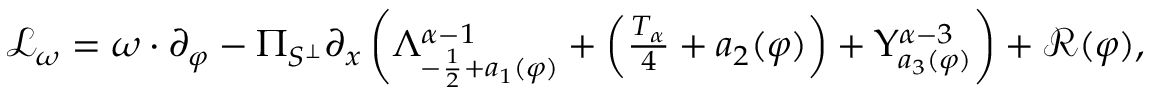
\begin{array} { r } { \mathcal { L } _ { \omega } = \omega \cdot \partial _ { \varphi } - \Pi _ { S ^ { \perp } } \partial _ { x } \left( \Lambda _ { - \frac { 1 } { 2 } + a _ { 1 } ( \varphi ) } ^ { \alpha - 1 } + \left( \frac { T _ { \alpha } } { 4 } + a _ { 2 } ( \varphi ) \right) + \Upsilon _ { a _ { 3 } ( \varphi ) } ^ { \alpha - 3 } \right) + \mathcal { R } ( \varphi ) , } \end{array}